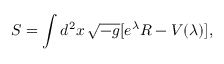
S = \int d ^ { 2 } x \, \sqrt { - g } [ e ^ { \lambda } R - V ( \lambda ) ] ,